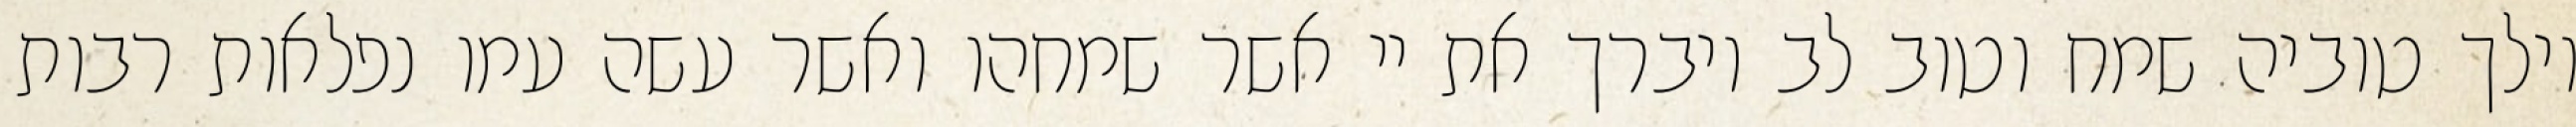
וילך טוביה שמח וטוב לב ויברך את יי אשר שמחהו ואשר עשה עמו נפלאות רבות